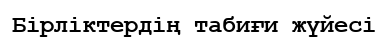
Бірліктердің табиғи жүйесі